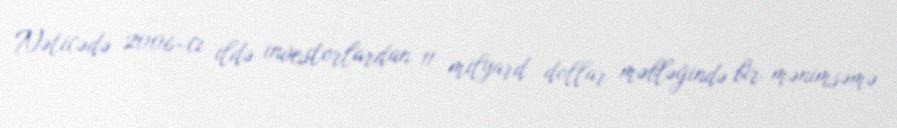
Nəticədə 2006-cı ildə investorlardan 11 milyard dollar məbləğində bir mənimsəmə